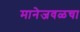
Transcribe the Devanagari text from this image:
मानेजवळचा